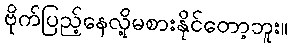
ဗိုက်ပြည့်နေလို့မစားနိုင်တော့ဘူး။